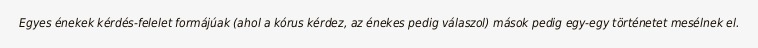
Egyes énekek kérdés-felelet formájúak (ahol a kórus kérdez, az énekes pedig válaszol) mások pedig egy-egy történetet mesélnek el.